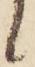
候